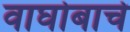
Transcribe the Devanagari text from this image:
वाघोबाचे